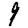
Digit: 9